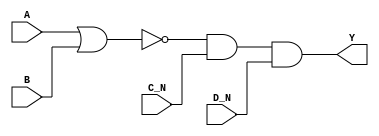
/*
 * Copyright 2020 The SkyWater PDK Authors
 *
 * Licensed under the Apache License, Version 2.0 (the "License");
 * you may not use this file except in compliance with the License.
 * You may obtain a copy of the License at
 *
 *     https://www.apache.org/licenses/LICENSE-2.0
 *
 * Unless required by applicable law or agreed to in writing, software
 * distributed under the License is distributed on an "AS IS" BASIS,
 * WITHOUT WARRANTIES OR CONDITIONS OF ANY KIND, either express or implied.
 * See the License for the specific language governing permissions and
 * limitations under the License.
 *
 * SPDX-License-Identifier: Apache-2.0
*/


`ifndef SKY130_FD_SC_HD__NOR4BB_BEHAVIORAL_V
`define SKY130_FD_SC_HD__NOR4BB_BEHAVIORAL_V

/**
 * nor4bb: 4-input NOR, first two inputs inverted.
 *
 * Verilog simulation functional model.
 */

`timescale 1ns / 1ps
`default_nettype none

`celldefine
module sky130_fd_sc_hd__nor4bb (
    Y  ,
    A  ,
    B  ,
    C_N,
    D_N
);

    // Module ports
    output Y  ;
    input  A  ;
    input  B  ;
    input  C_N;
    input  D_N;

    // Module supplies
    supply1 VPWR;
    supply0 VGND;
    supply1 VPB ;
    supply0 VNB ;

    // Local signals
    wire nor0_out  ;
    wire and0_out_Y;

    //  Name  Output      Other arguments
    nor nor0 (nor0_out  , A, B              );
    and and0 (and0_out_Y, nor0_out, C_N, D_N);
    buf buf0 (Y         , and0_out_Y        );

endmodule
`endcelldefine

`default_nettype wire
`endif  // SKY130_FD_SC_HD__NOR4BB_BEHAVIORAL_V